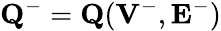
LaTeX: {\mathbf Q}^{-}={\mathbf Q}({{\mathbf V}}^{-},{{\mathbf E}}^{-})